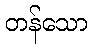
တန်သော